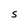
Character: S